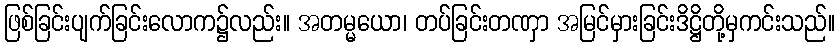
ဖြစ်ခြင်းပျက်ခြင်းလောက၌လည်း။ အတမ္မယော၊ တပ်ခြင်းတဏှာ အမြင်မှားခြင်းဒိဋ္ဌိတို့မှကင်းသည်။